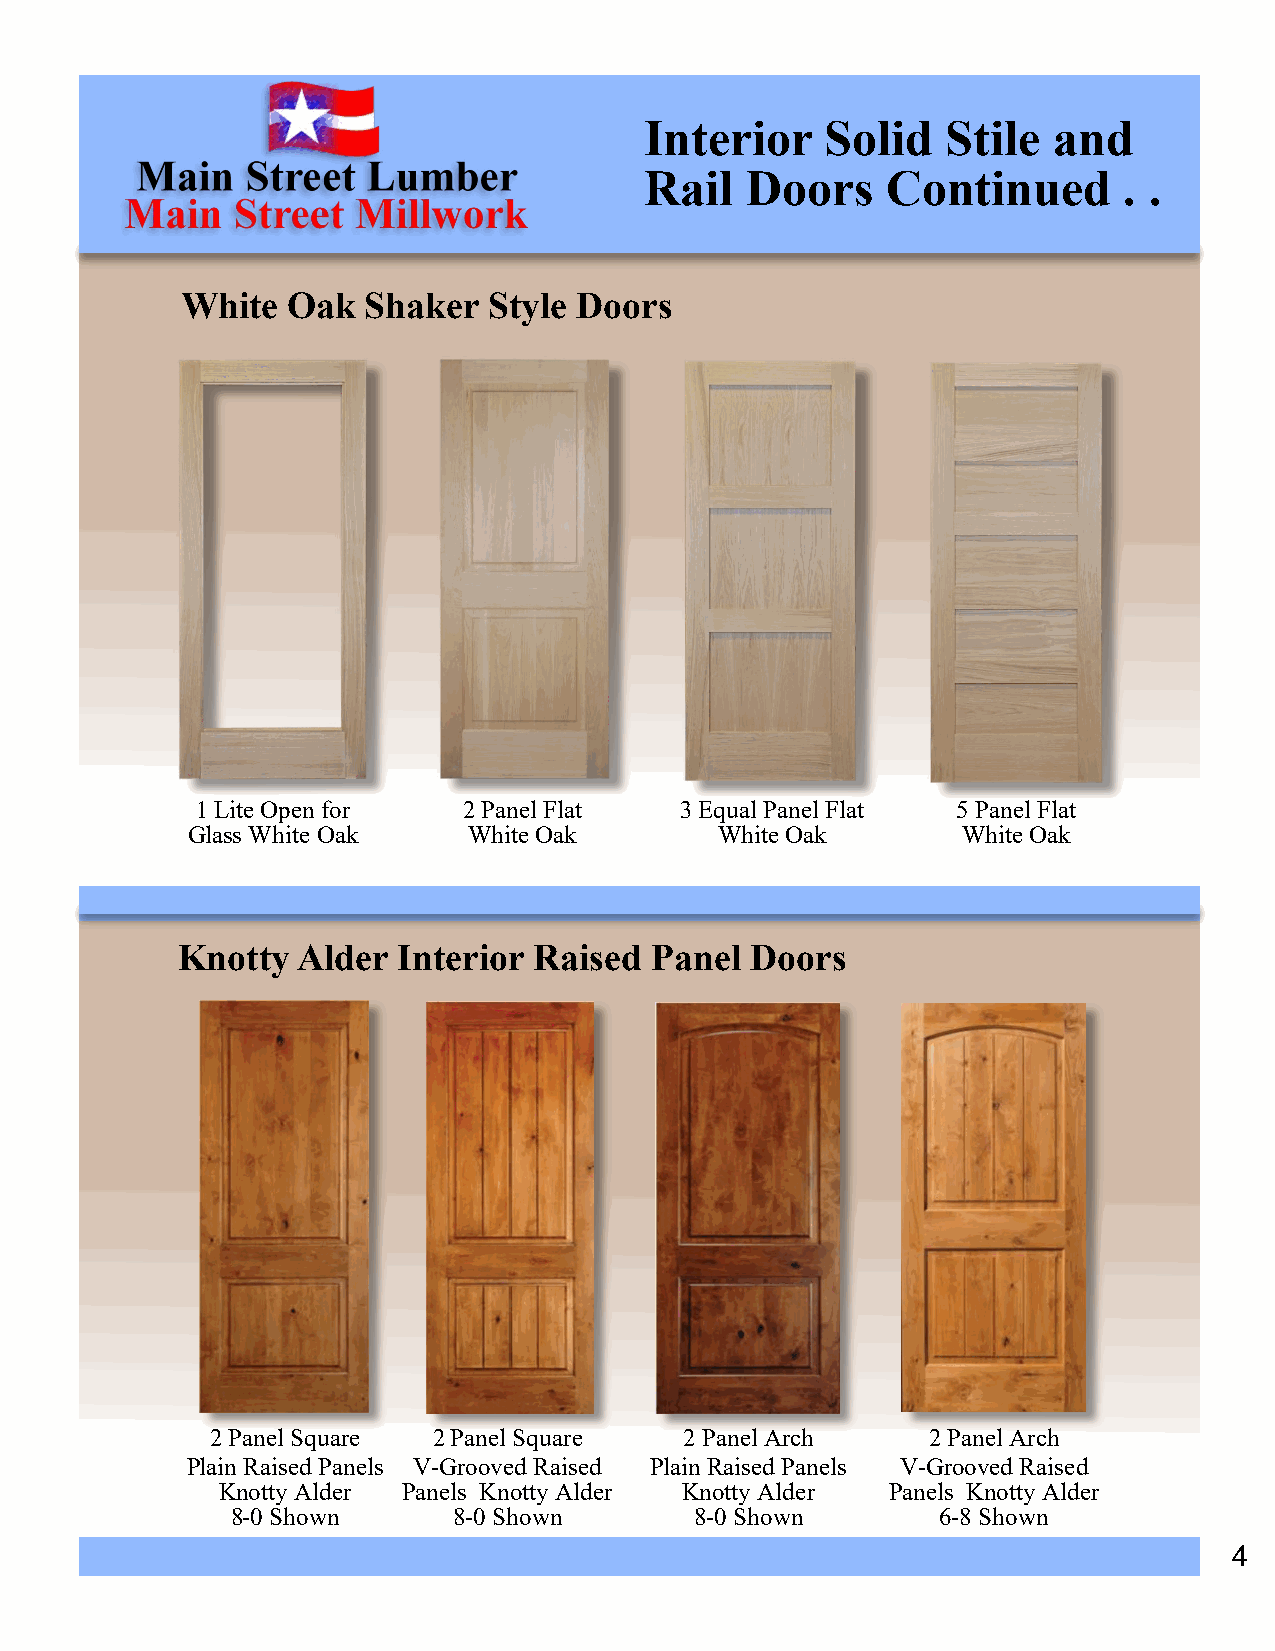
Interior    Solid   Stile  and
 Rail  Doors     Continued      . .
 White  Oak  Shaker  Style Doors
 1 Lite Open for   2 Panel Flat  3 Equal Panel Flat 5 Panel Flat
 Glass White Oak    White Oak        White Oak       White Oak
 Knotty  Alder Interior Raised  Panel  Doors
 2 Panel Square 2 Panel Square  2 Panel Arch    2 Panel Arch
 Plain Raised Panels V-Grooved Raised Plain Raised Panels V-Grooved Raised
 Knotty Alder Panels Knotty Alder Knotty Alder Panels Knotty Alder
 8-0 Shown      8-0 Shown       8-0 Shown       6-8 Shown
 4